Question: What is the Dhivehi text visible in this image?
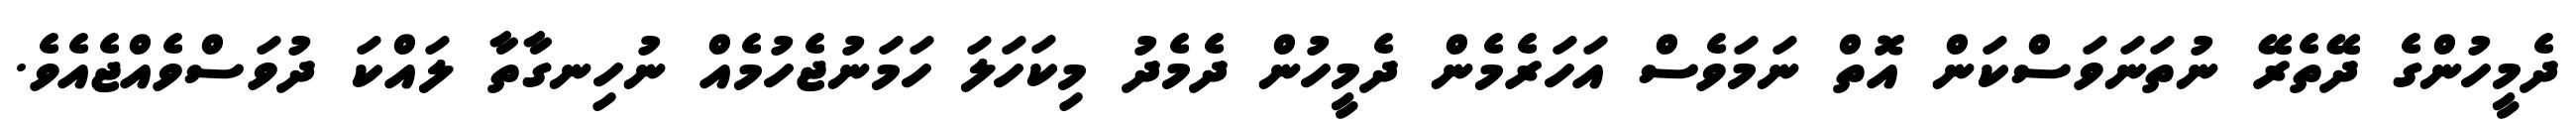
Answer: ދެމީހުންގެ ދޭތެރޭ ނުތަނަވަސްކަން އޮތް ނަމަވެސް އަހަރެމެން ދެމީހުން ދެމެދު މިކަހަލަ ހަމަނުޖެހުމެއް ނުހިނގާތާ ލައްކަ ދުވަސްވެއްޖެއެވެ.